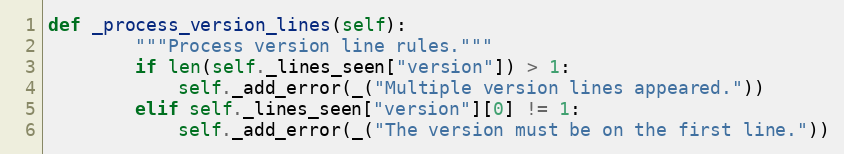
Language: Python
def _process_version_lines(self):
        """Process version line rules."""
        if len(self._lines_seen["version"]) > 1:
            self._add_error(_("Multiple version lines appeared."))
        elif self._lines_seen["version"][0] != 1:
            self._add_error(_("The version must be on the first line."))